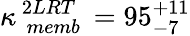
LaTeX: \kappa_{\, \, memb}^{\, 2LRT}\, =95_{-7}^{+11}